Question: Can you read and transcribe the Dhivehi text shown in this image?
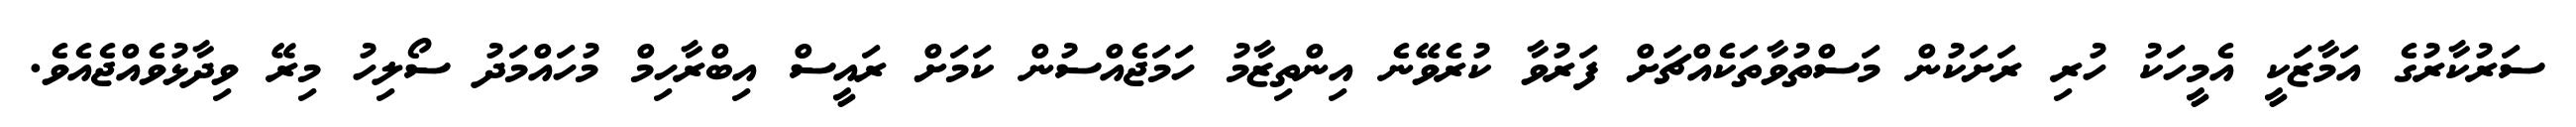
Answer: ސަރުކާރުގެ އަމާޒަކީ އެމީހަކު ހުރި ރަށަކުން މަސްތުވާތަކެއްޗަށް ފަރުވާ ކުރެވޭނެ އިންތިޒާމު ހަމަޖެއްސުން ކަމަށް ރައީސް އިބްރާހިމް މުހައްމަދު ސޯލިހު މިރޭ ވިދާޅުވެއްޖެއެވެ.